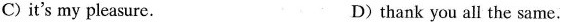
C) it's my pleasure. D) thank you all the same.